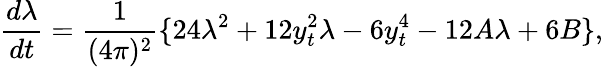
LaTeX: \frac{d\lambda}{dt}=\frac{1}{(4\pi)^{2}}\{ 24\lambda^{2}+12y_{t}^{2}\lambda-6y_{t}^{4}-12A\lambda+6B\} ,